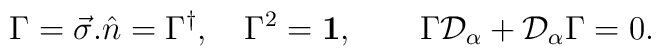
\Gamma = \vec{\sigma}.\hat{n} = \Gamma^{\dagger}, \quad \Gamma^2 ={\bf 1},\qquad \Gamma {\cal D}_\alpha + {\cal D}_\alpha \Gamma =0.